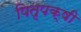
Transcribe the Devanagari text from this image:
पितृपक्षी